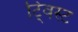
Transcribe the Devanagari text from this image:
टि्वस्ट